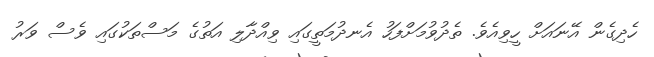
ހެދިގެން އޭނައަށް ހީވިއެވެ. ތެދުވުމަށްފަހު އެނދުމަތީގައި ވިއްދާލި އަތުގެ މަސްތަކުގައި ވެސް ވަރު